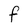
Character: F